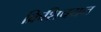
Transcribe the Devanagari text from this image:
क्रिशिचयन